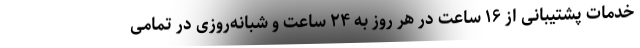
خدمات پشتیبانی از ۱۶ ساعت در هر روز به ۲۴ ساعت و شبانه‌روزی در تمامی